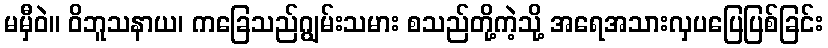
မမှီဝဲ။ ဝိဘူသနာယ၊ ကခြေသည်ဂျွမ်းသမား စသည်တို့ကဲ့သို့ အရေအသားလှပပြေပြစ်ခြင်း